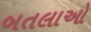
બતલાઓ